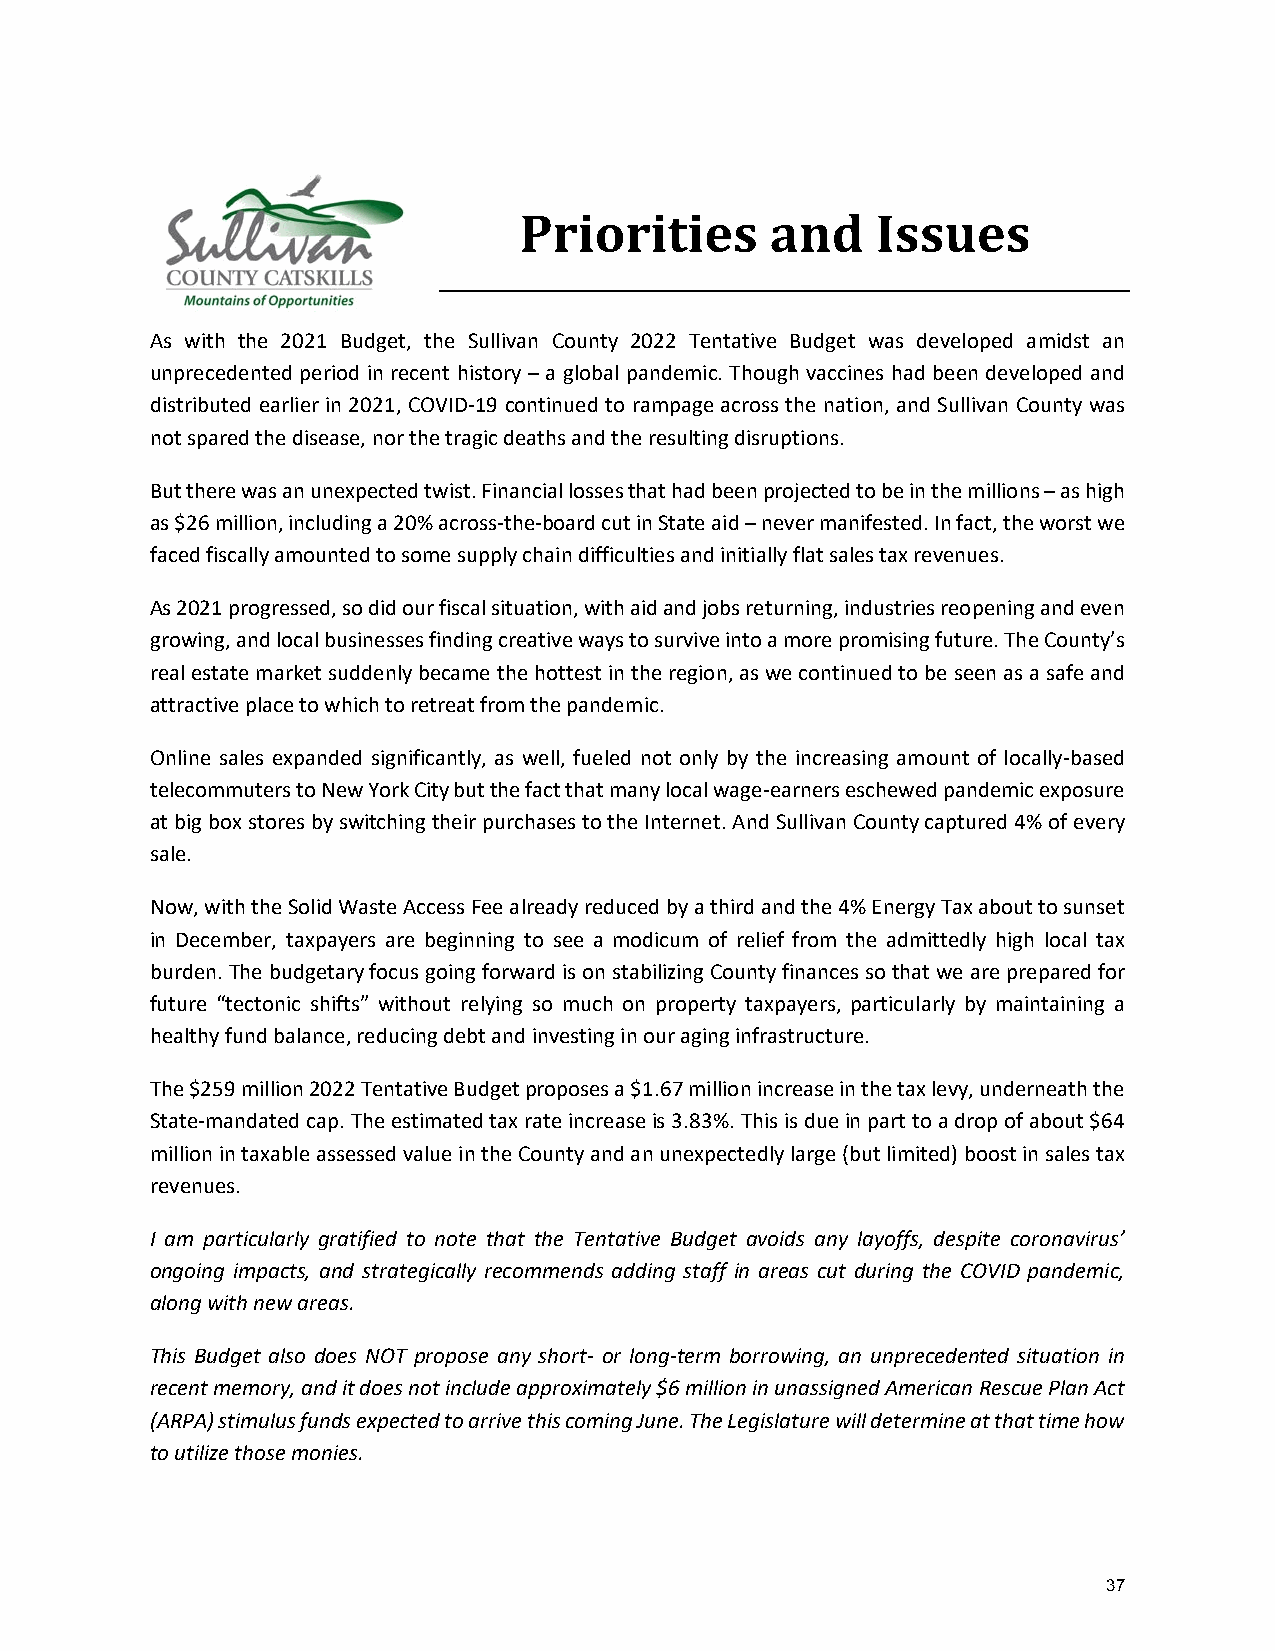
Priorities       and    Issues
 As with the 2021 Budget, the Sullivan County 2022 Tentative Budget was developed amidst an
 unprecedented period in recent history – a global pandemic. Though vaccines had been developed and
 distributed earlier in 2021, COVID-19 continued to rampage across the nation, and Sullivan County was
 not spared the disease, nor the tragic deaths and the resulting disruptions.
 But there was an unexpected twist. Financial losses that had been projected to be in the millions – as high
 as $26 million, including a 20% across-the-board cut in State aid – never manifested. In fact, the worst we
 faced fiscally amounted to some supply chain difficulties and initially flat sales tax revenues.
 As 2021 progressed, so did our fiscal situation, with aid and jobs returning, industries reopening and even
 growing, and local businesses finding creative ways to survive into a more promising future. The County’s
 real estate market suddenly became the hottest in the region, as we continued to be seen as a safe and
 attractive place to which to retreat from the pandemic.
 Online sales expanded significantly, as well, fueled not only by the increasing amount of locally-based
 telecommuters to New York City but the fact that many local wage-earners eschewed pandemic exposure
 at big box stores by switching their purchases to the Internet. And Sullivan County captured 4% of every
 sale.
 Now, with the Solid Waste Access Fee already reduced by a third and the 4% Energy Tax about to sunset
 in December, taxpayers are beginning to see a modicum of relief from the admittedly high local tax
 burden. The budgetary focus going forward is on stabilizing County finances so that we are prepared for
 future “tectonic shifts” without relying so much on property taxpayers, particularly by maintaining a
 healthy fund balance, reducing debt and investing in our aging infrastructure.
 The $259 million 2022 Tentative Budget proposes a $1.67 million increase in the tax levy, underneath the
 State-mandated cap. The estimated tax rate increase is 3.83%. This is due in part to a drop of about $64
 million in taxable assessed value in the County and an unexpectedly large (but limited) boost in sales tax
 revenues.
 I am particularly gratified to note that the Tentative Budget avoids any layoffs, despite coronavirus’
 ongoing impacts, and strategically recommends adding staff in areas cut during the COVID pandemic,
 along with new areas.
 This Budget also does NOT propose any short- or long-term borrowing, an unprecedented situation in
 recent memory, and it does not include approximately $6 million in unassigned American Rescue Plan Act
 (ARPA) stimulus funds expected to arrive this coming June. The Legislature will determine at that time how
 to utilize those monies.
 37